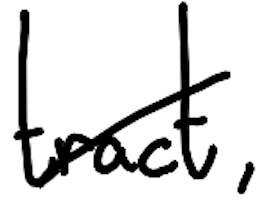
Text: tract,
Cross-out: mix
Writing tool: digital_black